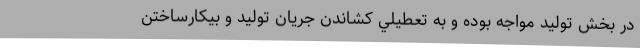
در بخش توليد مواجه بوده و به تعطيلي­ كشاندن جريان توليد و بيكارساختن